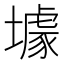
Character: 壉